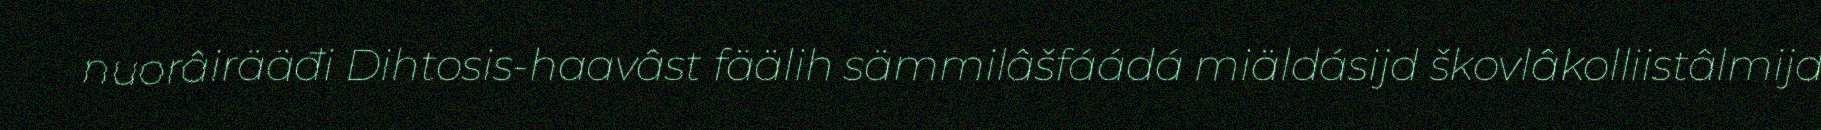
nuorâirääđi Dihtosis-haavâst fäälih sämmilâšfáádá miäldásijd škovlâkolliistâlmijd